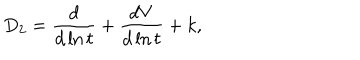
LaTeX: D _ { 2 } = \frac { d } { d \ln t } + \frac { d V } { d \ln t } + k ,